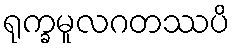
ရုက္ခမူလဂတဿပိ